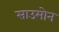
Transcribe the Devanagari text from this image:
साउमोन